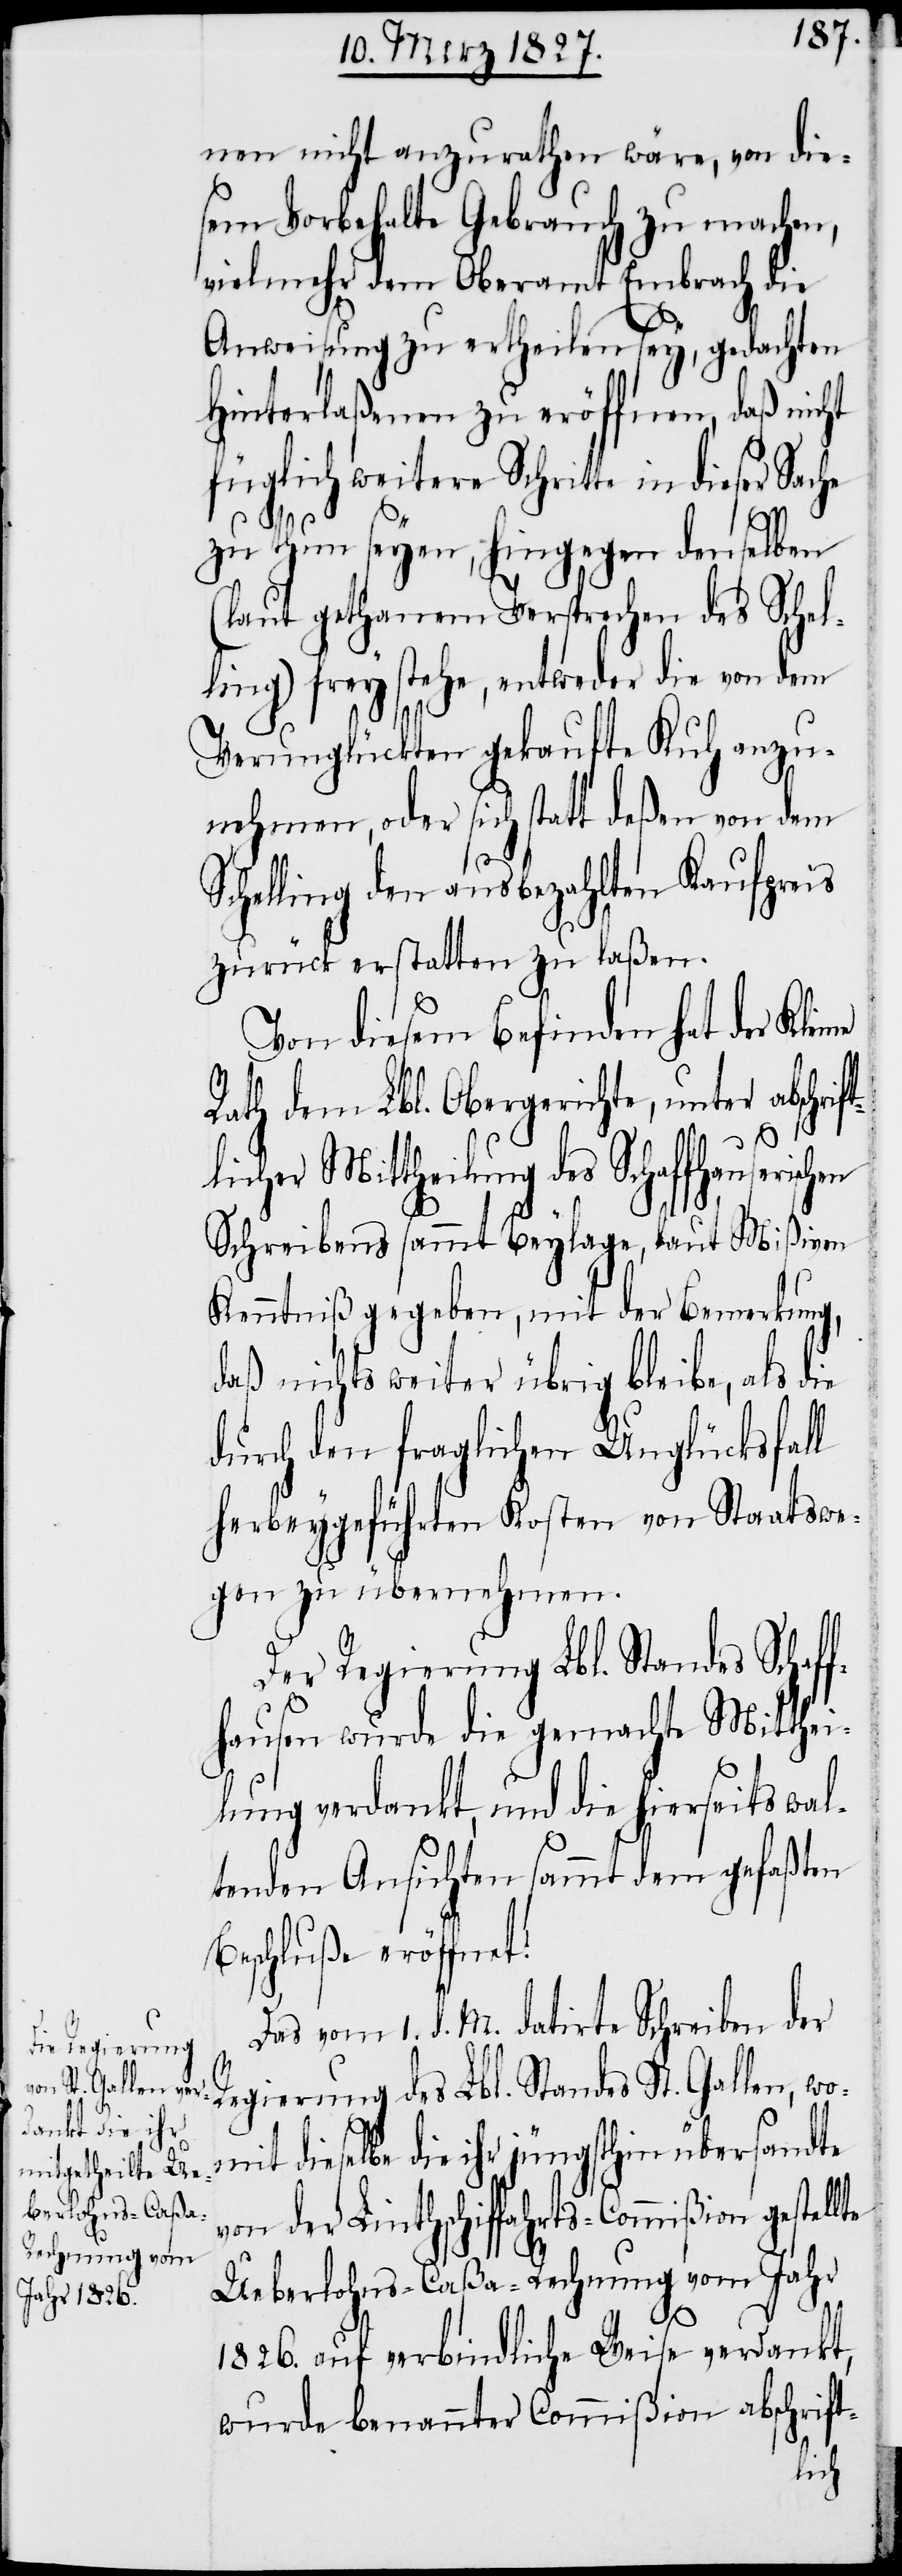
nen nicht anzurathen wäre, von die¬
sem Vorbehalte Gebrauch zu machen,
vielmehr dem Oberamt Embrach die
Anweisung zu ertheilen sey, gedachten
Hinterlaßenen zu eröffnen, daß nicht
füglich weitere Schritte in dieser
zu thun seyen; hingegen denselben
(laut gethanem Versprechen des Schel¬
ling) frey stehe, entweder die von dem
Verunglückten gekaufte Kuh anzu¬
nehmen, oder sich statt deßen von dem
Schelling den ausbezahlten Kaufpreis
zurück erstatten zu laßen.
Von diesem Befinden hat der Klei¬
Rath dem Lbl. Obergerichte, unter abschri¬
te
licher Mittheilung des Schaffhauserischen
Schreibens sammt Beylage, laut Mißiven
Kenntniß gegeben, mit der Bemerkung,
daß nichts weiter übrig bleibe, als die
durch den fraglichen Unglücksfall
herbeygeführten Kosten von Staatswe¬
gen zu übernehmen.
Der Regierung Lbl. Standes Schaf¬
fhausen wurde die gemachte Mitthei¬
lung verdankt, und die hierseits wal¬
tenden Ansichten sammt dem gefaßten
Beschluße eröffnet.
Das vom 1. d. M. datirte Schreiben der
Regierung des Lbl. Standes St. Gallen, wo¬
die ihr jüngsthin übersandte
von der Linthschiffahrts-Commißion gestell¬
Ueberlohns-Caßa-Rechnung vom Jahr
1826. auf verbindliche Weise verdankt,
wurde benannter Commißion abschrift-